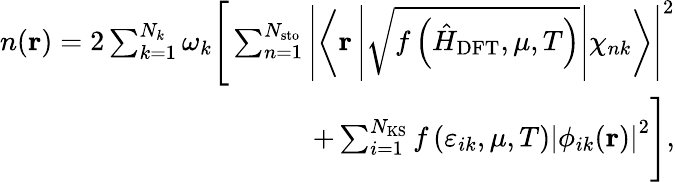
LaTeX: \begin{array}{r}{n(\mathbf{r})=2\sum_{k=1}^{N_{k}}\omega_{k}\Bigg[\sum_{n=1}^{N_{\mathrm{sto}}}\left|\left\langle\mathbf{r}\left|\sqrt{f\left(\hat{H}_{\mathrm{DFT}},\mu,T\right)}\right|\chi_{nk}\right\rangle\right|^{2}}\\ {+\sum_{i=1}^{N_{\mathrm{KS}}}f\left(\varepsilon_{ik},\mu,T\right)\left|\phi_{ik}(\mathbf{r})\right|^{2}\Bigg],}\end{array}